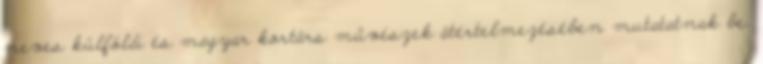
neves külföldi és magyar kortárs művészek átértelmezésében mutatatnak be.